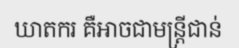
ឃាតករ គឺអាចជាមន្ត្រីជាន់